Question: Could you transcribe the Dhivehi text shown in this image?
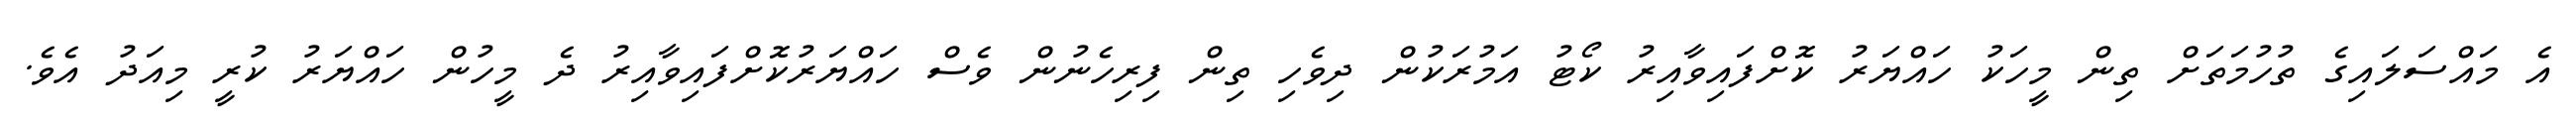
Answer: އެ މައްސަލައިގެ ތުހުމަތަށް ތިން މީހަކު ހައްޔަރު ކޮށްފައިވާއިރު ކޯޓު އަމުރަކުން ދިވެހި ތިން ފިރިހެނުން ވެސް ހައްޔަރުކޮށްފައިވާއިރު ދެ މީހުން ހައްޔަރު ކުރީ މިއަދު އެވެ.